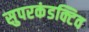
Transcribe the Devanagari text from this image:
सुपरकंडक्टिव